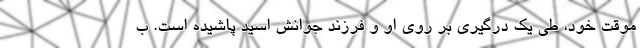
موقت خود، طی یک درگیری بر روی او و فرزند جوانش اسید پاشیده است. ب